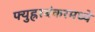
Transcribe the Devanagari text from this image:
फ्युह्ररबंकरमध्ये